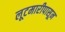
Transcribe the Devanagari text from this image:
लूटमारीपासून